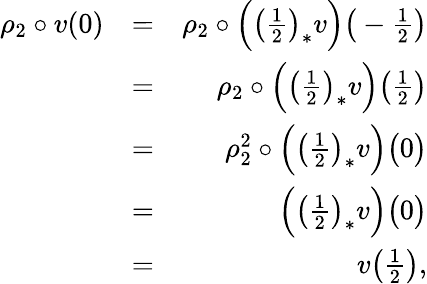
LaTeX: \begin{array}{rlr}{\rho_{2}\circ v(0)}&{=}&{\rho_{2}\circ\Big(\big(\frac{1}{2}\big)_{*}v\Big)\big(-\frac{1}{2}\big)}\\ &{=}&{\rho_{2}\circ\Big(\big(\frac{1}{2}\big)_{*}v\Big)\big(\frac{1}{2}\big)}\\ &{=}&{\rho_{2}^{2}\circ\Big(\big(\frac{1}{2}\big)_{*}v\Big)\big(0\big)}\\ &{=}&{\Big(\big(\frac{1}{2}\big)_{*}v\Big)\big(0\big)}\\ &{=}&{v\big(\frac{1}{2}\big),}\end{array}